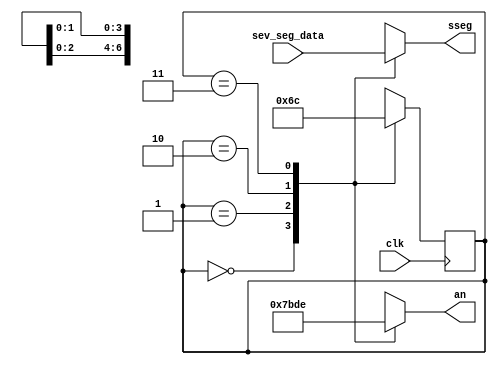
`timescale 1ns / 1ps

module StopwatchDisplay(
    input clk,
    input [27:0] sev_seg_data,
    output reg [3:0] an,
    output reg [6:0] sseg
    );
    
    reg [1:0] state;
    reg [1:0] next_state;
    
    always @ (*) begin
        case (state)
            2'b00: begin
                an = 4'b0111;
                sseg = sev_seg_data[27:21];
                next_state = 2'b01;
            end
            2'b01: begin
                an = 4'b1011;
                sseg = sev_seg_data[20:14];
                next_state = 2'b10;
            end
            2'b10: begin
                an = 4'b1101; 
                sseg = sev_seg_data[13:7];
                next_state = 2'b11;
            end
            2'b11: begin
                an = 4'b1110; 
                sseg = sev_seg_data[6:0];
                next_state = 2'b00;
            end
        endcase
    end

    always @(posedge clk) begin
        state <= next_state;
    end
    
endmodule